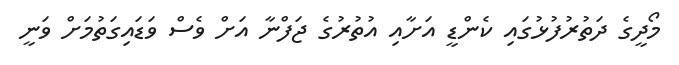
މޯދީގެ ދަތުރުފުޅުގައި ކެންޑީ އަށާއި އުތުރުގެ ޖަފްނާ އަށް ވެސް ވަޑައިގަތުމަށް ވަނީ